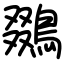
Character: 鵽